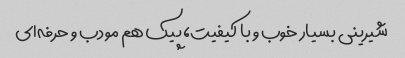
شیرینی بسیار خوب و با کیفیت، پیک هم مودب و حرفه‌ای